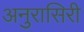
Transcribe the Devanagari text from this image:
अनुरासिरी